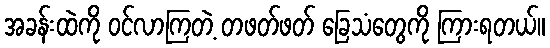
အခန်းထဲကို ဝင်လာကြတဲ့ တဖတ်ဖတ် ခြေသံတွေကို ကြားရတယ်။